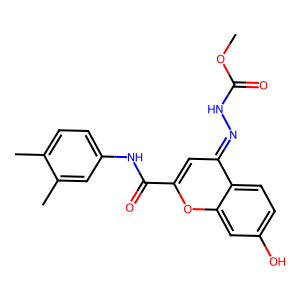
SMILES: COC(=O)NN=c1cc(C(=O)Nc2ccc(C)c(C)c2)oc2cc(O)ccc12
Inhibits HIV replication: No